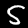
Label: 5